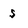
Character: s